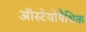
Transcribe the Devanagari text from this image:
ऑस्टेयोपैथिक